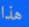
هذا